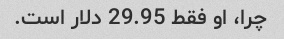
چرا، او فقط 29.95 دلار است.